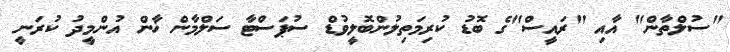
"ސުލްތާން" އާއި "ރައީސް"ގެ ބޮޑު ކުރިމަތިލުންބޮލީވުޑް ސުޕަސްޓާ ސަލްމާން ޚާން އުންމީދު ކުރަނީ